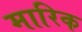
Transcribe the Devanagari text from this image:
मारिक